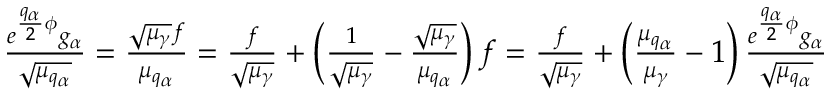
\begin{array} { r } { \frac { e ^ { \frac { q _ { \alpha } } { 2 } \phi } g _ { \alpha } } { \sqrt { \mu _ { q _ { \alpha } } } } = \frac { \sqrt { \mu _ { \gamma } } f } { \mu _ { q _ { \alpha } } } = \frac { f } { \sqrt { \mu _ { \gamma } } } + \left( \frac { 1 } { \sqrt { \mu _ { \gamma } } } - \frac { \sqrt { \mu _ { \gamma } } } { \mu _ { q _ { \alpha } } } \right) f = \frac { f } { \sqrt { \mu _ { \gamma } } } + \left( \frac { \mu _ { q _ { \alpha } } } { \mu _ { \gamma } } - 1 \right) \frac { e ^ { \frac { q _ { \alpha } } { 2 } \phi } g _ { \alpha } } { \sqrt { \mu _ { q _ { \alpha } } } } } \end{array}